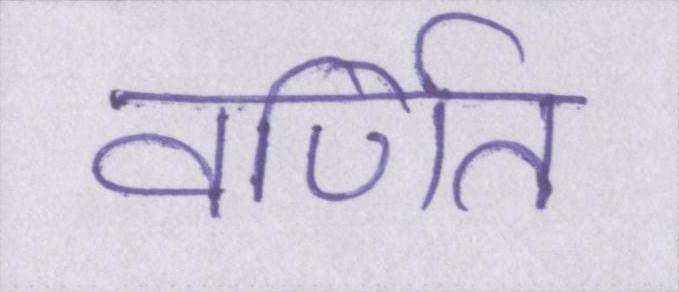
वर्णित